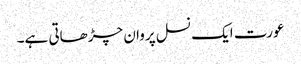
عورت ایک نسل پروان چڑھاتی ہے۔